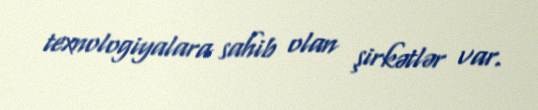
texnologiyalara sahib olan şirkətlər var.